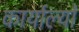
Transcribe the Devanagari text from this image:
कार्याल्यों